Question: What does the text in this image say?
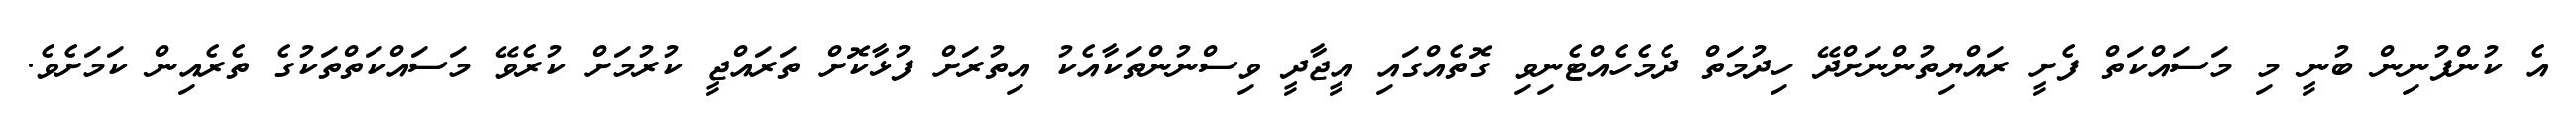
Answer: އެ ކުންފުނިން ބުނީ މި މަސައްކަތް ފެށީ ރައްޔިތުންނަށްދޭ ހިދުމަތް ދެމެހެއްޓެނިވި ގޮތެއްގައި އީޖާދީ ވިސްނުންތަކާއެކު އިތުރަށް ފުޅާކޮށް ތަރައްޖީ ކުރުމަށް ކުރެވޭ މަސައްކަތްތަކުގެ ތެރެއިން ކަމަށެވެ.